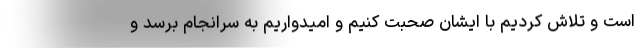
است و تلاش کردیم با ایشان صحبت کنیم و امیدواریم به سرانجام برسد و